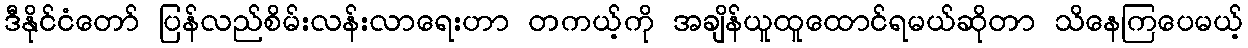
ဒီနိုင်ငံတော် ပြန်လည်စိမ်းလန်းလာရေးဟာ တကယ့်ကို အချိန်ယူထူထောင်ရမယ်ဆိုတာ သိနေကြပေမယ့်